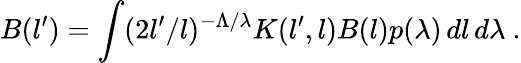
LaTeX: B(l^{\prime})=\int(2l^{\prime}/l)^{-\Lambda/\lambda}K(l^{\prime},l)B(l)p(\lambda)\, dl\, d\lambda\ .